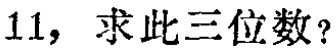
11，求此三位数？